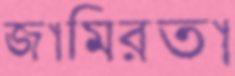
জামিরতা